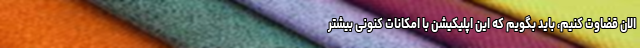
الان قضاوت کنیم، باید بگویم که این اپلیکیشن با امکانات کنونی بیشتر